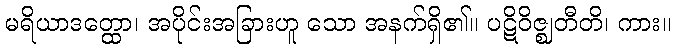
မရိယာဒတ္ထော၊ အပိုင်းအခြားဟူ သော အနက်ရှိ၏။ ပဋိဝိဇ္ဈတီတိ၊ ကား။